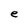
Character: e